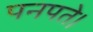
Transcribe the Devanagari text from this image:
पनपते।